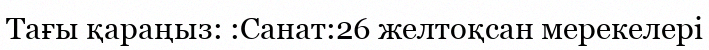
Тағы қараңыз: :Санат:26 желтоқсан мерекелері